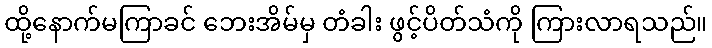
ထို့နောက်မကြာခင် ဘေးအိမ်မှ တံခါး ဖွင့်ပိတ်သံကို ကြားလာရသည်။